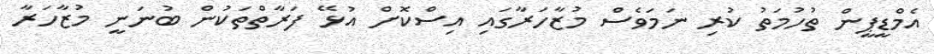
އެމްޑީޕީން ތުހުމަތު ކުރި ނަމަވެސް މުޒާހަރާގައި އިސްކޮށް އުޅޭ ފަރާތްތަކުން ބުނަނީ މުޒާހަރާ